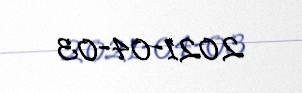
2021-04-03